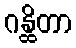
ဂန္ထိတာ